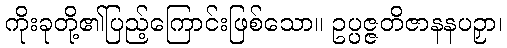
ကိုးခုတို့၏ပြည့်ကြောင်းဖြစ်သော။ ဥပ္ပဇ္ဇတိဇာနနပဉှာ၊